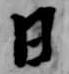
日